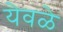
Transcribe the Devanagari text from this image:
येवळे